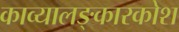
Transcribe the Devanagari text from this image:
काव्यालङ्कारकोश